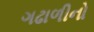
ગઢાળીનો